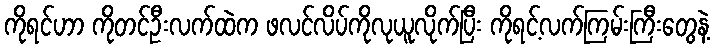
ကိုရင်ဟာ ကိုတင်ဦးလက်ထဲက ဖလင်လိပ်ကိုလုယူလိုက်ပြီး ကိုရင့်လက်ကြမ်းကြီးတွေနဲ့